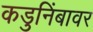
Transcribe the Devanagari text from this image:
कडुनिंबावर